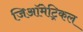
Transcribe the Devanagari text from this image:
जिऑमेट्रिकल